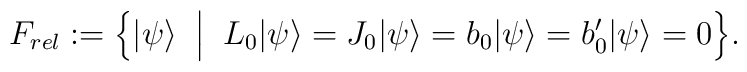
F_{rel} := \Big \{ |\psi \rangle \;\; \Big | \;\; L_0 |\psi \rangle = J_0 |\psi \rangle= b_0 |\psi \rangle = b'_0 |\psi \rangle = 0 \Big  \}.